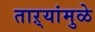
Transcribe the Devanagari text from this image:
ताऱ्यांमुळे